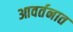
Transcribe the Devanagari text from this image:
आवर्तनात